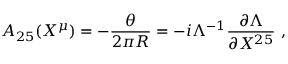
A _ { 2 5 } ( X ^ { \mu } ) = - { \frac { \theta } { 2 \pi R } } = - i \Lambda ^ { - 1 } { \frac { \partial \Lambda } { \partial X ^ { 2 5 } } } \ , \nonumber